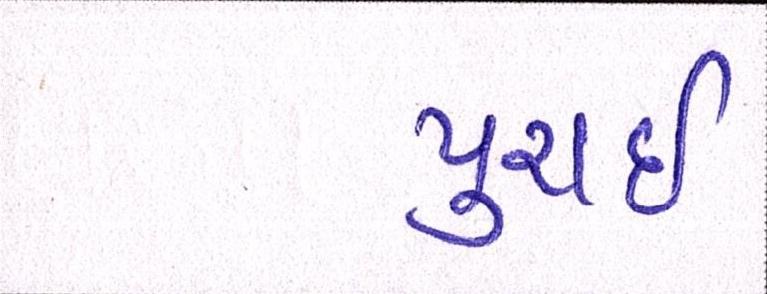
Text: પુરાઈ